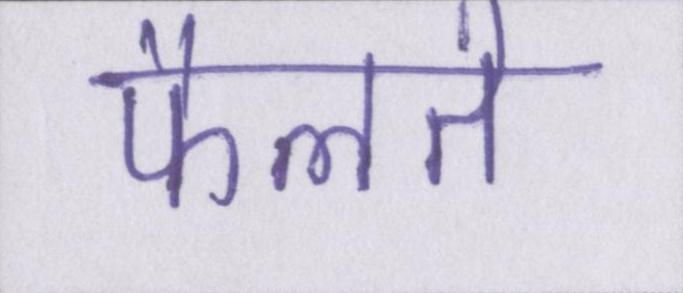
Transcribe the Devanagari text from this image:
फैलते